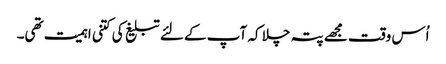
اُس وقت مجھے پتہ چلا کہ آپ کے لئے تبلیغ کی کتنی اہمیت تھی۔